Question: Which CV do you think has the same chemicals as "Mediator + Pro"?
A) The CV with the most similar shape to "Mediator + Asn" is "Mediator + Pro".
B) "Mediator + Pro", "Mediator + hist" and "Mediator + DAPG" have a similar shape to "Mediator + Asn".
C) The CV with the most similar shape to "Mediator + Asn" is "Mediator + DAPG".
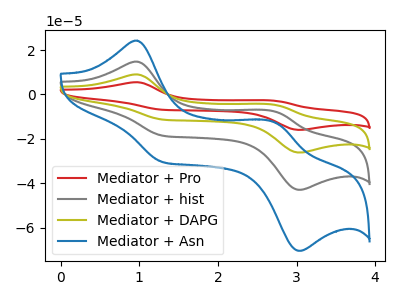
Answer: <think>The red curve "Mediator + Pro" has anodic peaks at (0.95V, 44.30uA) (2.70V, -23.10uA) and cathodic peaks at (1.30V, -55.80uA) (3.05V, -128.80uA). The gray curve "Mediator + hist" has anodic peaks at (0.95V, 14.75uA) (2.70V, -7.70uA) and cathodic peaks at (1.30V, -18.60uA) (3.05V, -42.95uA). The olive curve "Mediator + DAPG" has anodic peaks at (0.95V, 29.50uA) (2.70V, -15.40uA) and cathodic peaks at (1.30V, -37.20uA) (3.05V, -85.90uA). The blue curve "Mediator + Asn" has anodic peaks at (0.95V, 24.20uA) (2.70V, -12.65uA) and cathodic peaks at (1.30V, -30.50uA) (3.05V, -70.40uA).
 All the peaks in "Mediator + Pro" have a peak in "Mediator + hist" at the same potential. All the peaks in "Mediator + Pro" have a peak in "Mediator + DAPG" at the same potential. All the peaks in "Mediator + Pro" have a peak in "Mediator + Asn" at the same potential. All the peaks in "Mediator + hist" have a peak in "Mediator + DAPG" at the same potential. All the peaks in "Mediator + hist" have a peak in "Mediator + Asn" at the same potential. All the peaks in "Mediator + DAPG" have a peak in "Mediator + Asn" at the same potential.</think>
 <answer>B) "Mediator + Pro", "Mediator + hist" and "Mediator + DAPG" have a similar shape to "Mediator + Asn".</answer>
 <eval>B</eval>